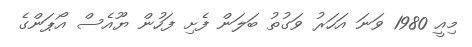
މިއީ 1980 ވަނަ އަހަރު ވަގުތު ބަލަން ފެށި ފަހުން ޔޫއެސް އޯޕަންގެ